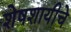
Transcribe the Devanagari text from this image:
शेषशायीचे